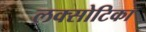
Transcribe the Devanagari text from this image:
लक्सोटिका